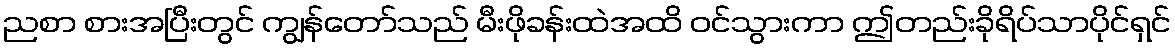
ညစာ စားအပြီးတွင် ကျွန်တော်သည် မီးဖိုခန်းထဲအထိ ဝင်သွားကာ ဤတည်းခိုရိပ်သာပိုင်ရှင်